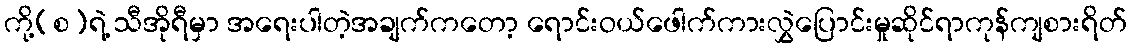
ကို့(စ)ရဲ့ သီအိုရီမှာ အရေးပါတဲ့အချက်ကတော့ ရောင်းဝယ်ဖေါက်ကားလွှဲပြောင်းမှုဆိုင်ရာကုန်ကျစားရိတ်